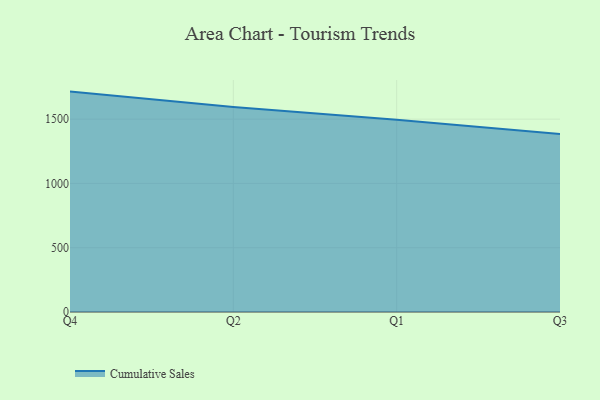
{"axis": {"x": "Quarter", "y": "Bounce Rate (%)"}, "legend": ["Cumulative Sales"], "data": [{"x": "Q4", "y": 1714.4, "type": "Cumulative Sales"}, {"x": "Q2", "y": 1594.0, "type": "Cumulative Sales"}, {"x": "Q1", "y": 1494.8, "type": "Cumulative Sales"}, {"x": "Q3", "y": 1384.5, "type": "Cumulative Sales"}]}